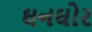
ઘનઘોર